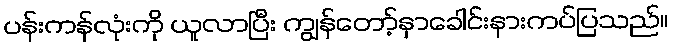
ပန်းကန်လုံးကို ယူလာပြီး ကျွန်တော့်နှာခေါင်းနားကပ်ပြသည်။